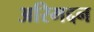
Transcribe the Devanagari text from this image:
अरिमद्दन